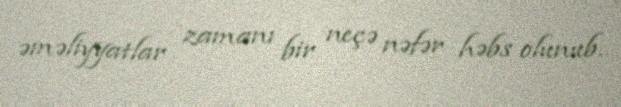
əməliyyatlar zamanı bir neçə nəfər həbs olunub.